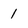
Character: 1